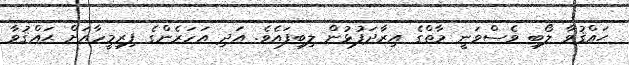
ޙައްޤުވާ ލޯބި ވެސްވަނީ މާތްގެ އިރާދަފުޅުން ލިބިފައެވެ. އަދި އަހަރެންގެ ފިރިމީހާއަށް ޙައްޤުވާ